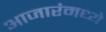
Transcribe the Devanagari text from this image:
आजारंमध्ये